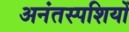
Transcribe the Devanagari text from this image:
अनंतस्पशियों